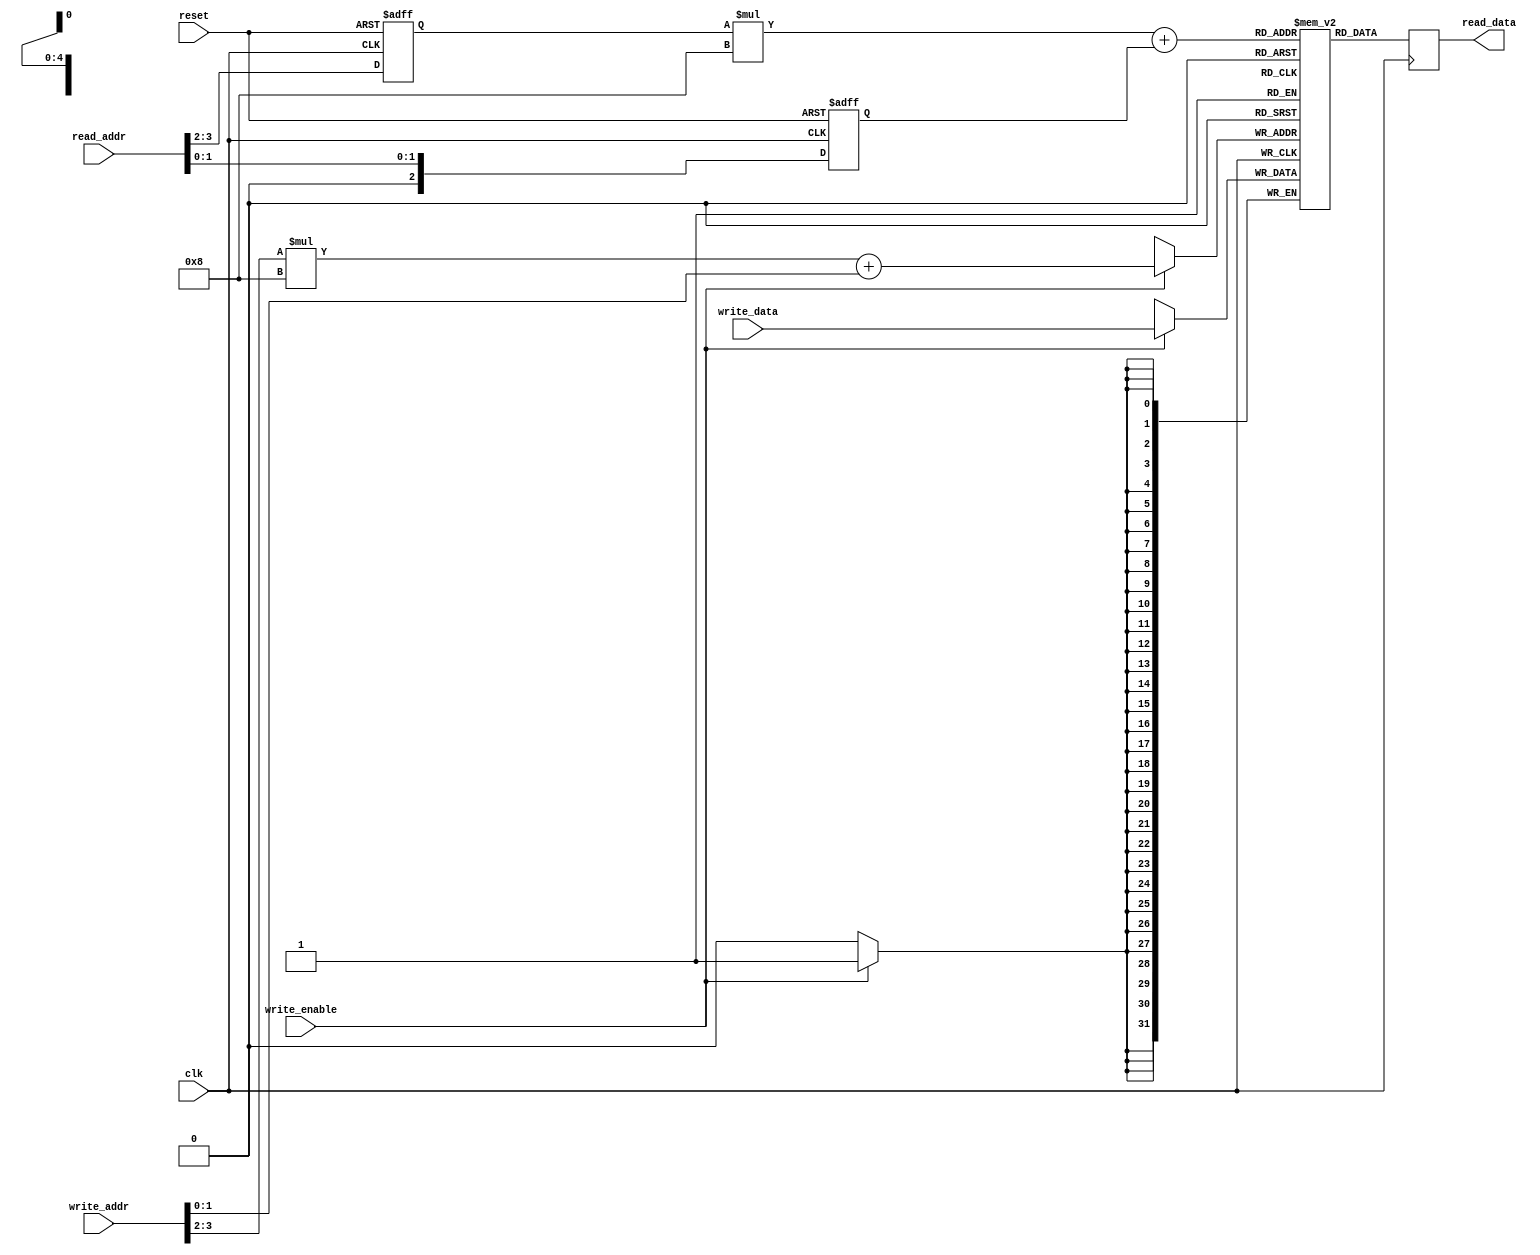
module register_file(
    input wire clk,
    input wire reset,
    input wire [3:0] read_addr,
    output reg [31:0] read_data,
    input wire [3:0] write_addr,
    input wire [31:0] write_data,
    input wire write_enable
);

// Parameters
parameter NUM_BLOCKS = 4;
parameter BLOCK_SIZE = 8;

// Internal signals
reg [31:0] mem [NUM_BLOCKS * BLOCK_SIZE - 1:0];

// Address decoding
reg [1:0] block_addr;
reg [2:0] reg_addr;

always @ (posedge clk or posedge reset)
begin
    if (reset)
    begin
        block_addr <= 0;
        reg_addr <= 0;
    end
    else
    begin
        block_addr <= read_addr[3:2];
        reg_addr <= read_addr[1:0];
    end
end

// Read operation
always @ (posedge clk)
begin
    read_data <= mem[(block_addr * BLOCK_SIZE) + reg_addr];
end

// Write operation
always @ (posedge clk)
begin
    if (write_enable)
    begin
        mem[(write_addr[3:2] * BLOCK_SIZE) + write_addr[1:0]] <= write_data;
    end
end

endmodule